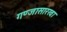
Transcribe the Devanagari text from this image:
गण्जासारखा